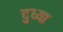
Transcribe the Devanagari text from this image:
दुध्या